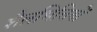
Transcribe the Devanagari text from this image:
शैलभित्तियों